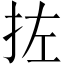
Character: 𪭥